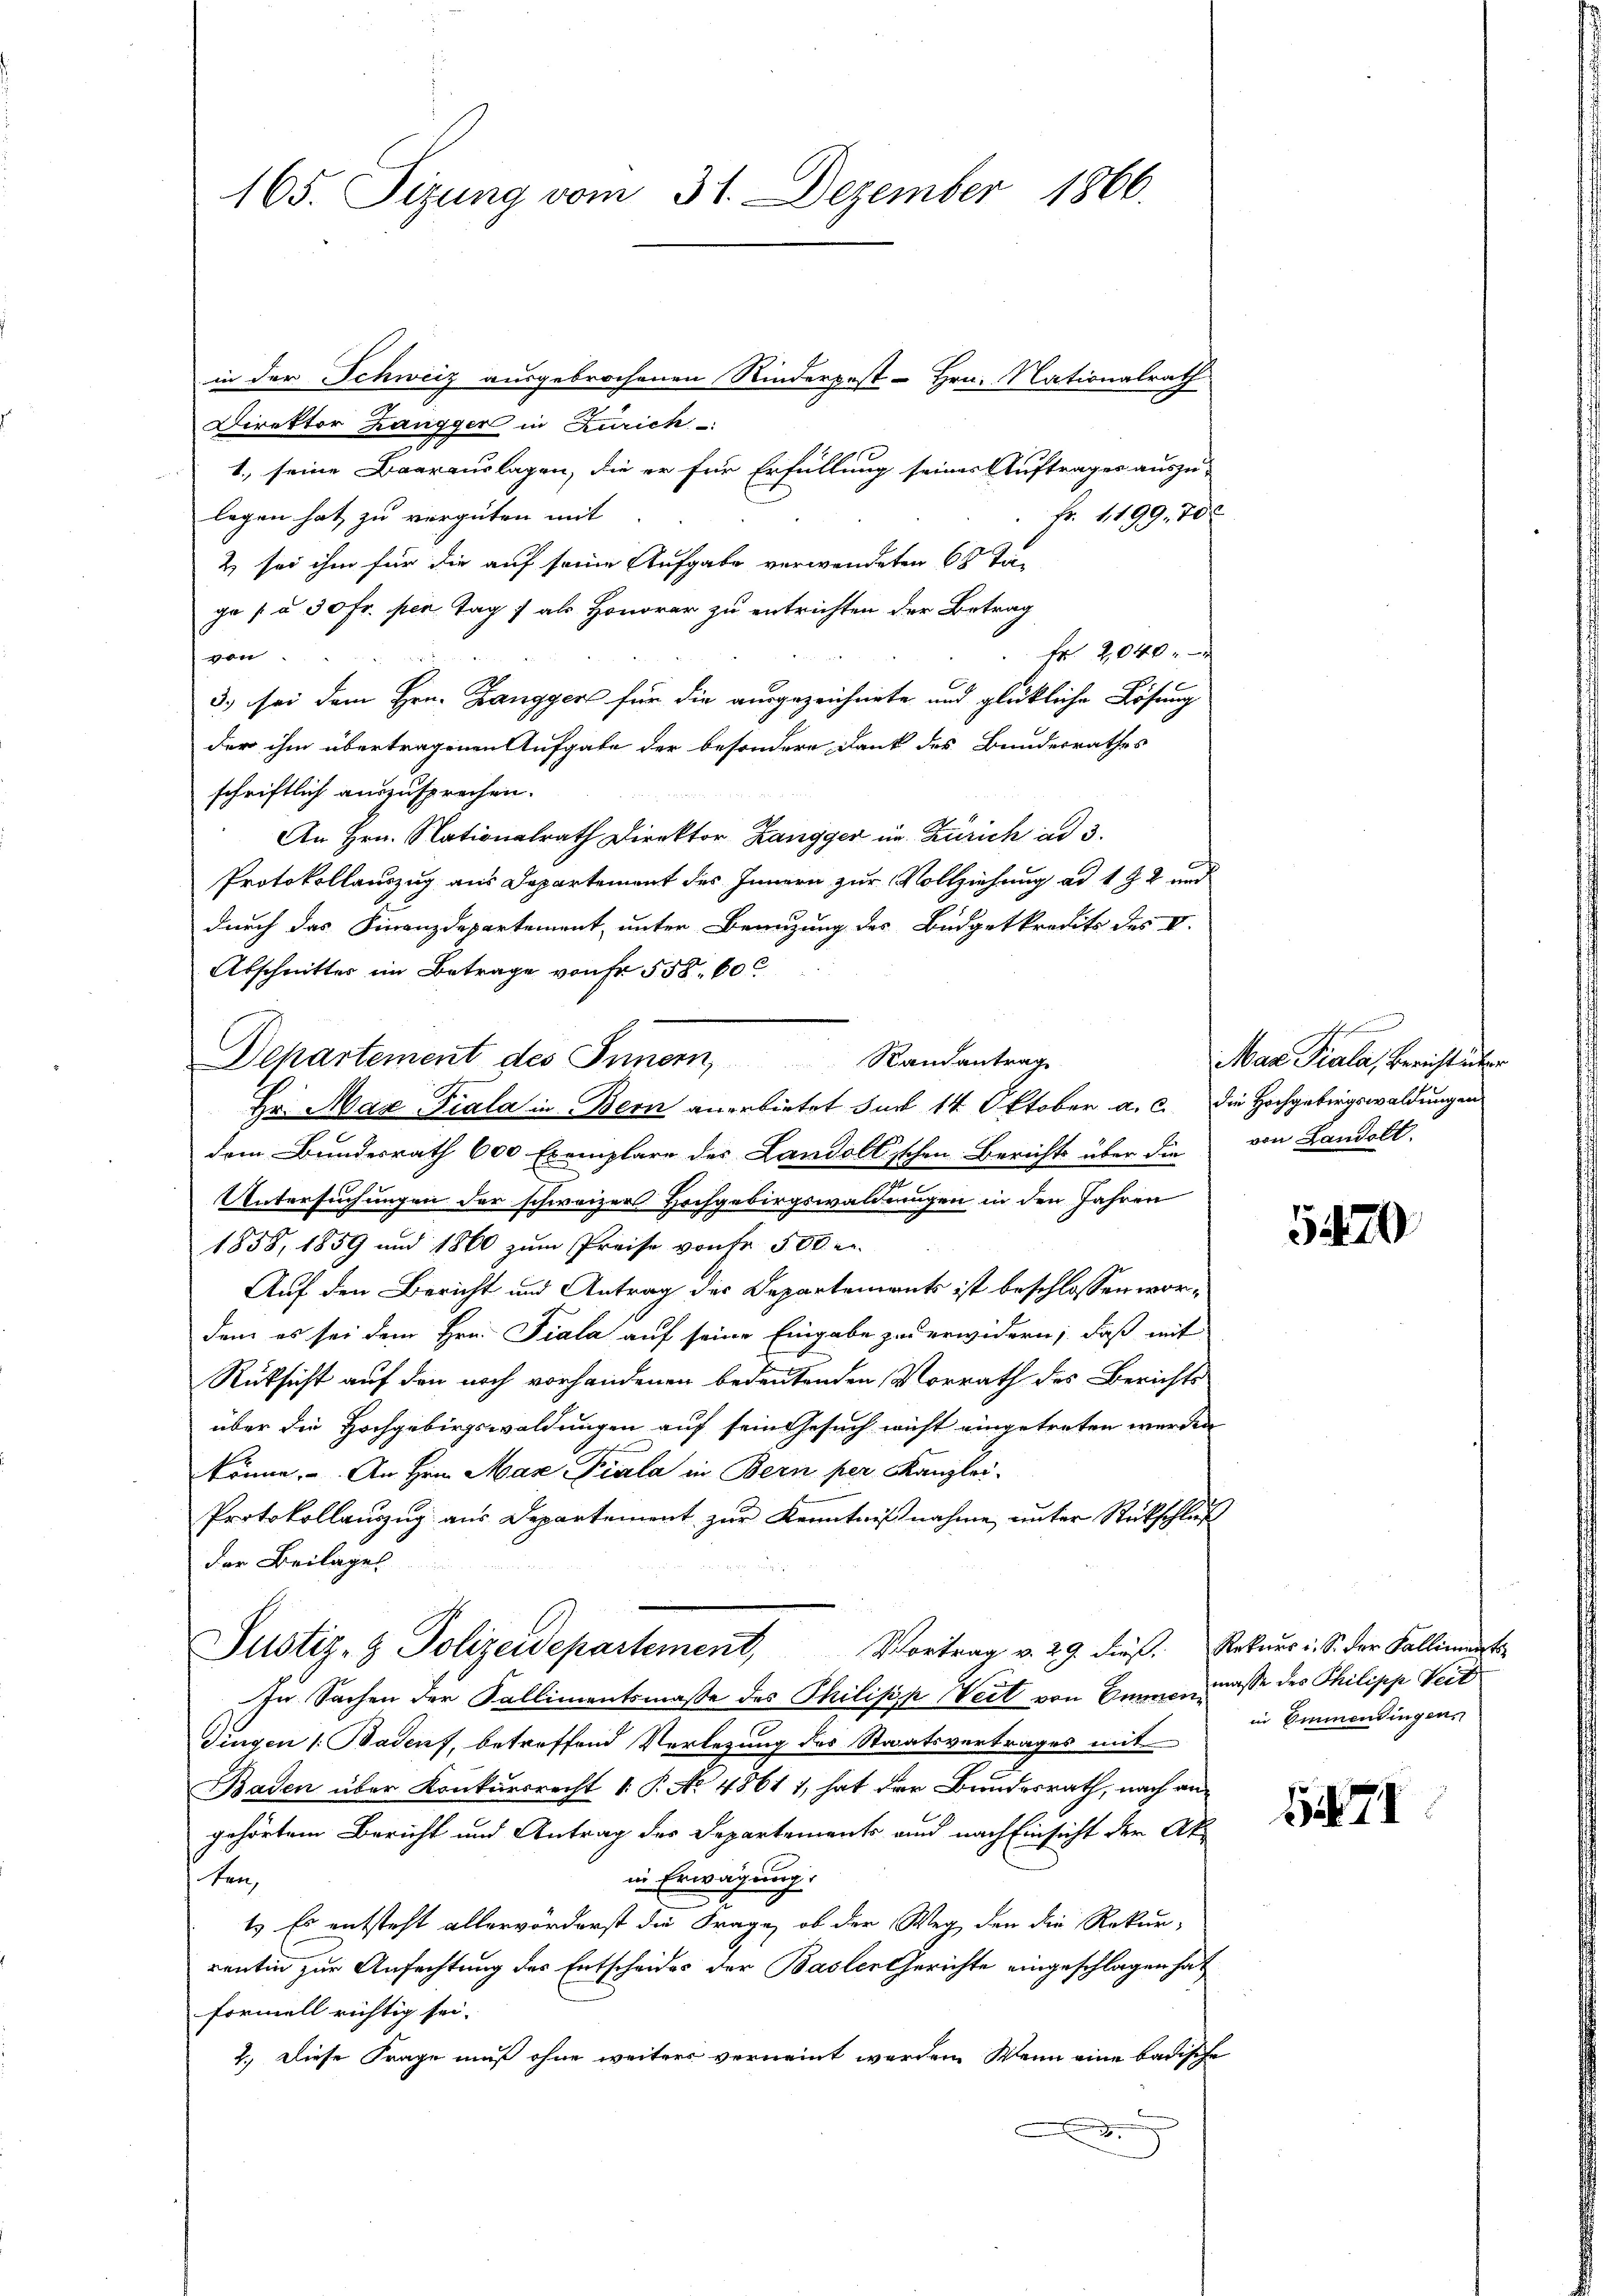
165. Sizung vom 31. Dezember 1866.

in der Schweiz ausgebrochenen Rinderpest - Hrn. Nationalrath
Direktor Hangger in Zürich
1., seine Baarauslagen, die er für Erfüllung seiner Aufträger auszu-
legen hat zu vergüten mit
Fr. 1199. 70
2 sei ihm für die auf seine Aufgabe verwendeten 68 Ta-
ge [ u. 30 Fr. per Tag als Honorar zu entrichten der Betrag
Fr. 2040 x
von
3) sei dem Hrn. Zanggers für die ausgezeichnete und glückliche Lösung
der ihm übertragenen Aufgabe der besondere Dank des Bundesrathes
schriftlich auszusprechen.
An Hrn. Nationalrath Direktor Zangger in Zürich ad 3.
Protokollauszug aus Departement des Innern zur Vollziehung ad 1 § 2 und
durch das Finanzdepartement, unter Branzung des Büdgetkredits des I.
Abschmitter im Betrage von Fr. 558. 60
Hr. Max Piala in Bern anerbietet sur 14 Oktober a. c. die Hochgebirgswaldungen
dem Bundesrath 600 Exemplare des Landoll’schen Berichts über die
UUntersuchungen der schweizer Hochgebirgswaldungen in den Jahren
1858, 1859 und 1860 zum Preise von Fr. 500 r
Auf den Bericht und Antrag des Departements ist beschlossen wordem es sei dem Hrn. Fiala auf seine Eingabe zu erwidern, daß mit
Rüksicht auf den noch vorhandenen bedeutenden Vorrath des Berichts
über die Hochgebirgswaldungen auf sein Gesuch nicht eingetreten werden
könne. An Hrn. Max Piala in Bern per Kanzlei-
Protokollaŭszŭg aŭs Departement zŭr Kenntniβnahme unter Rückschluß
der Beilagen
Justiz- & Polizeidepartement, Vortrag v. 29. dieß. Rekŭrr: S. der Falliment
In Sachen der Sallimentsmaße des Philipp Weit von Emmenmasse des Philipp Veit
Fingen (Badens, betreffend Verlegung des Staatsvertrages mit
Baden über Konkursrecht 1. P. No 48611, hat der Bundesrath, nach angehörtem Bericht und Antrag des Departements und nach Einsicht der Akin Erwägung.
ten
1. Es entsteht allervörderst die Frage, ob der Weg den die Rekur-
rentin zur Anfachtung des Entscheides der Basler Gerichte eingeschlagen hat
formell richtig sei- |
2.) Diese Frage muß ohne weiters verneint werden. Wenn eine badische

Departement des Innern, Randantrag

Max Piala, Bericht über
von Landolt.

5470

in Emmendingen.

74